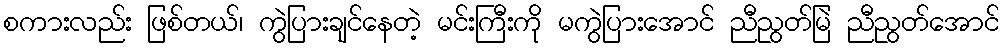
စကားလည်း ဖြစ်တယ်၊ ကွဲပြားချင်နေတဲ့ မင်းကြီးကို မကွဲပြားအောင် ညီညွတ်မြဲ ညီညွတ်အောင်